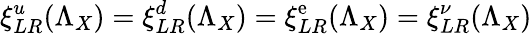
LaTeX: \xi_{LR}^{u}(\Lambda_{X})=\xi_{LR}^{d}(\Lambda_{X})=\xi_{LR}^{\mathrm{e}}(\Lambda_{X})=\xi_{LR}^{\nu}(\Lambda_{X})